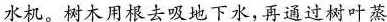
水机。树木用根去吸地下水，再通过树叶蒸